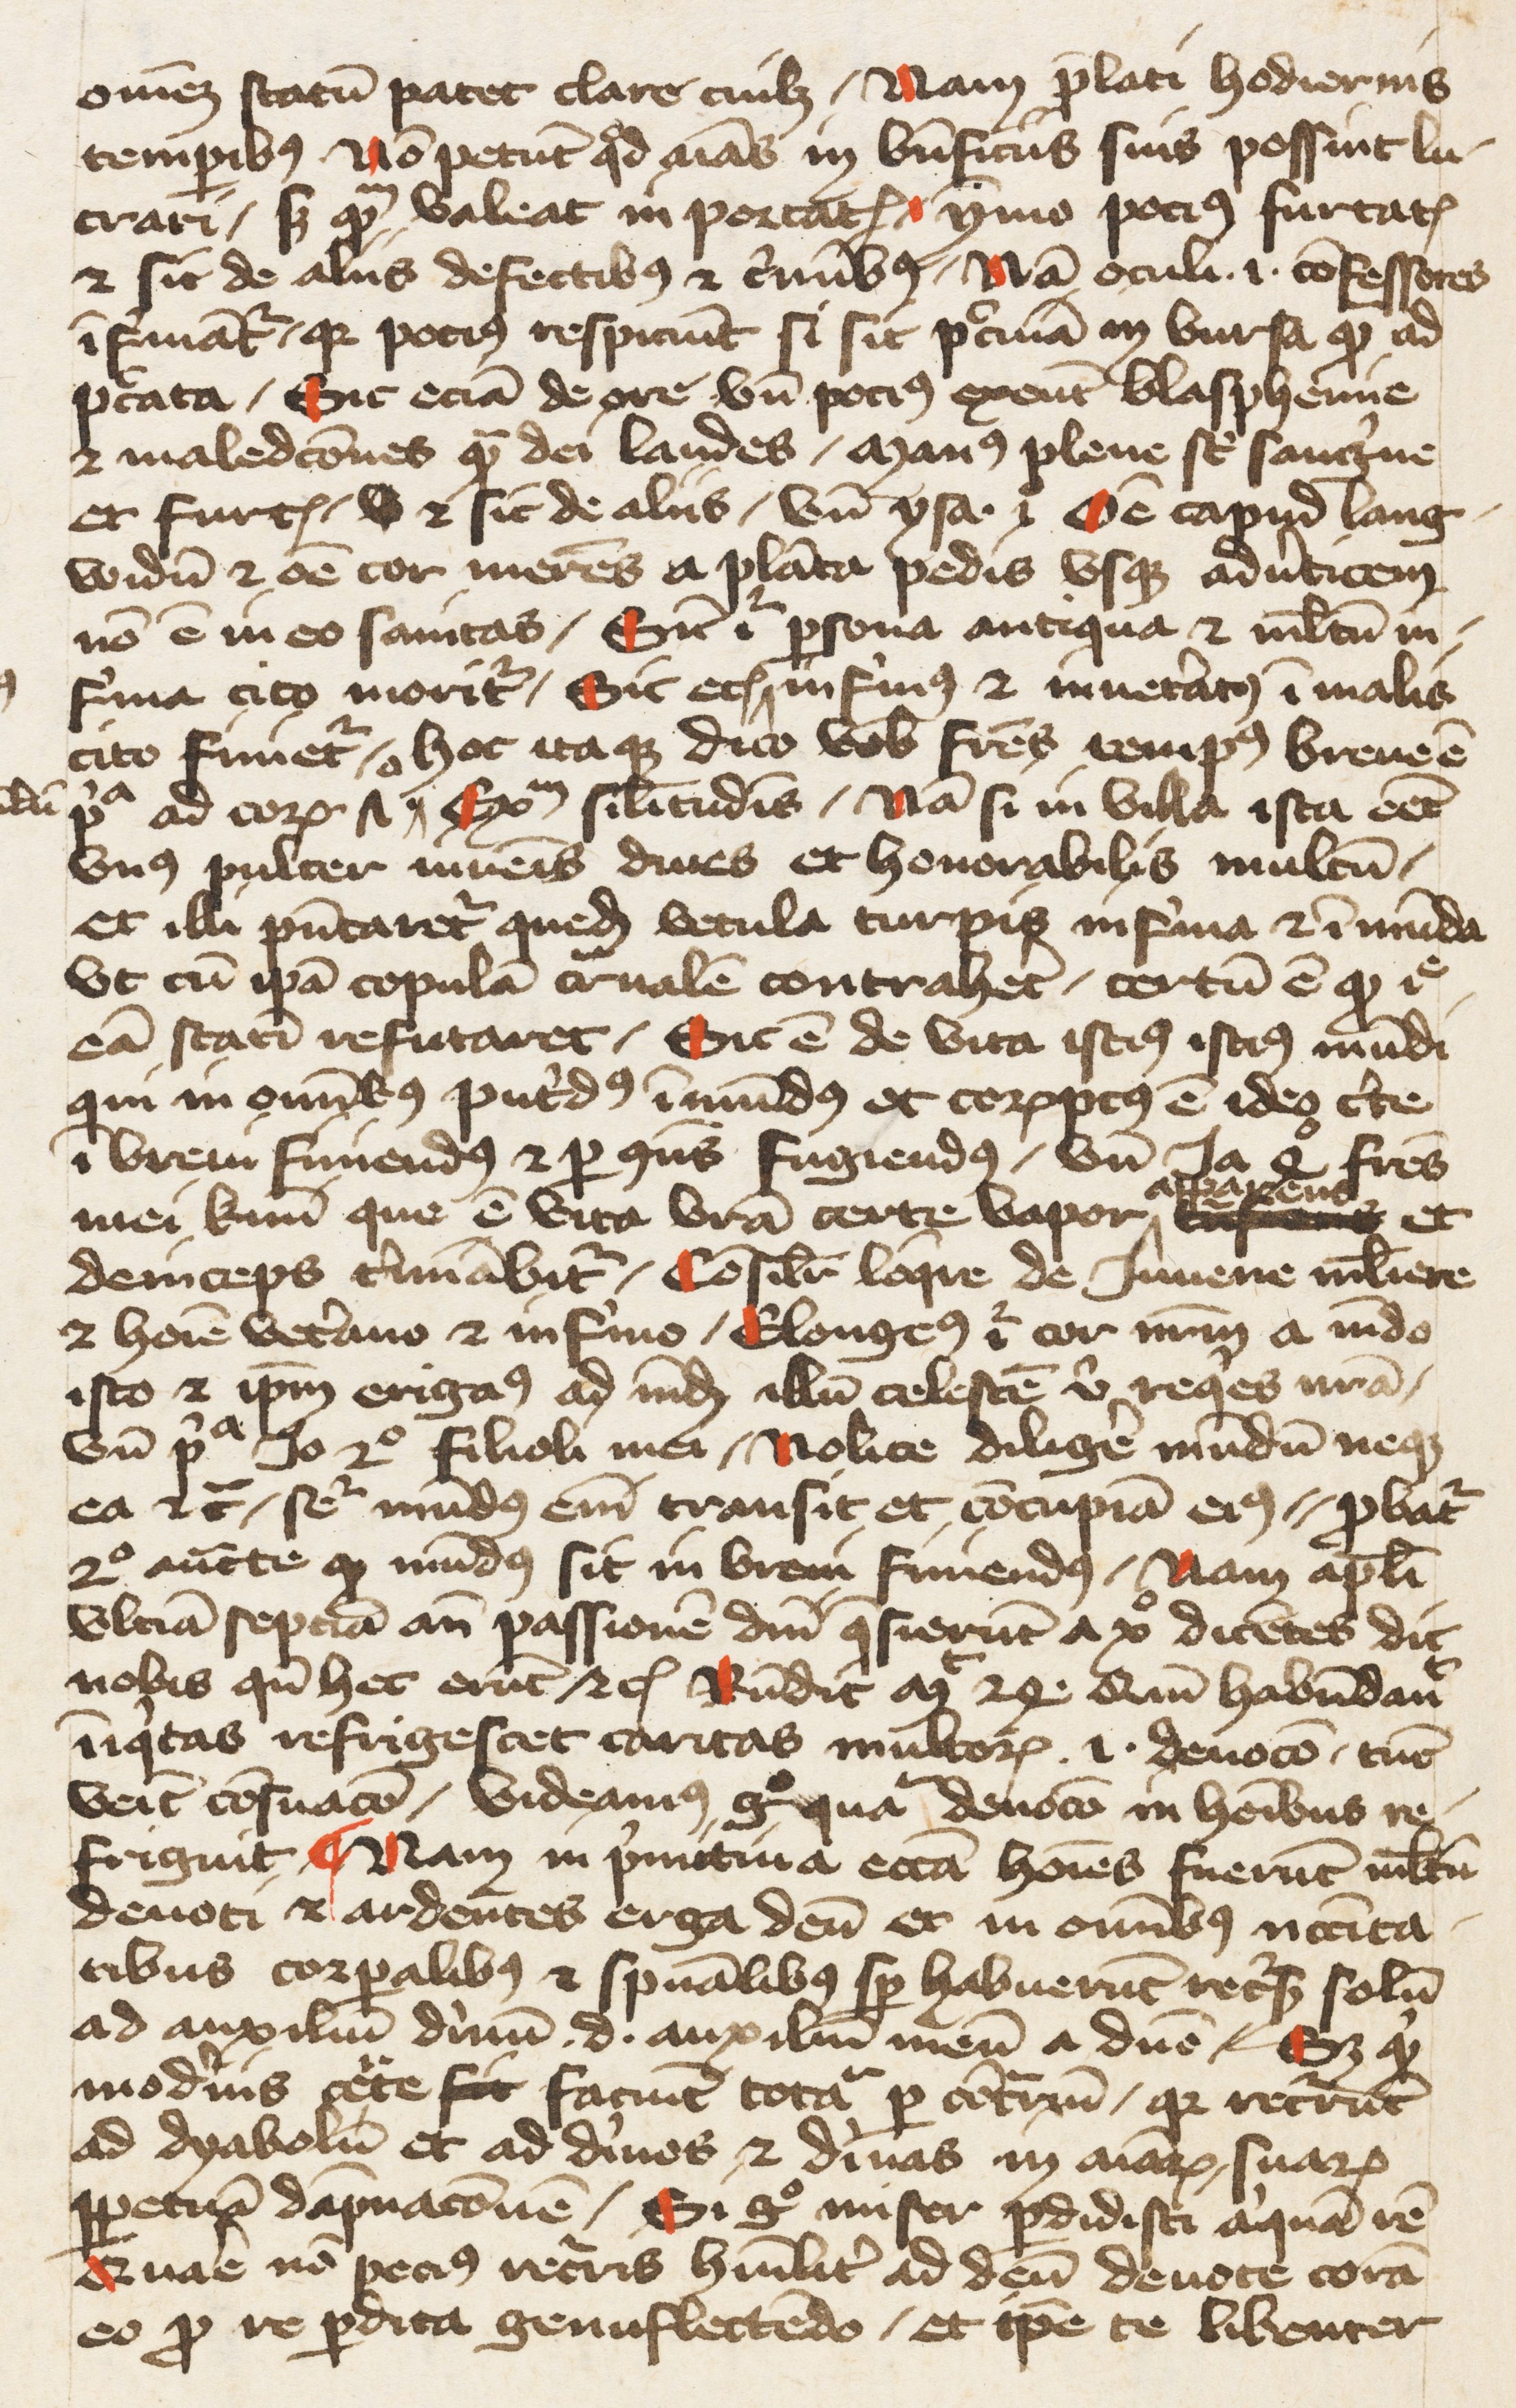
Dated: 1391–1421